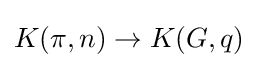
K(\pi ,n)\to K(G,q)